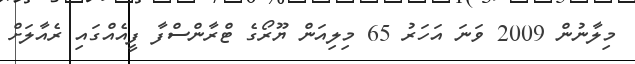
މިލާނުން 2009 ވަނަ އަހަރު 65 މިލިއަން ޔޫރޯގެ ޓްރާންސްފާ ފީއެއްގައި ރެއާލަށް